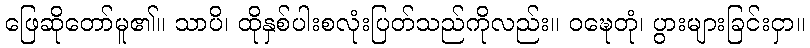
ဖြေဆိုတော်မူ၏။ သာပိ၊ ထိုနှစ်ပါးစလုံးပြတ်သည်ကိုလည်း။ ဝဍ္ဎေတုံ၊ ပွားများခြင်းငှာ။